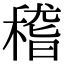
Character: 𥠻